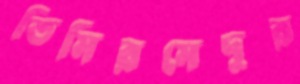
তিমিরমেদুর